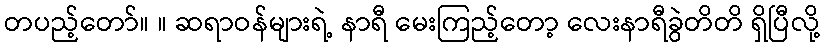
တပည့်တော်။ ။ ဆရာဝန်များရဲ့ နာရီ မေးကြည့်တော့ လေးနာရီခွဲတိတိ ရှိပြီလို့